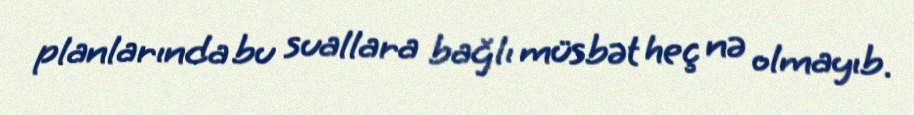
planlarında bu suallara bağlı müsbət heç nə olmayıb.